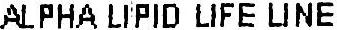
ALPHA LIPID LIFE LINE